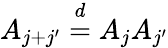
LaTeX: A_{j+j^{\prime}}\overset{d}{=}A_{j}A_{j^{\prime}}